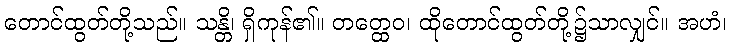
တောင်ထွတ်တို့သည်။ သန္တိ၊ ရှိကုန်၏။ တတ္ထေဝ၊ ထိုတောင်ထွတ်တို့၌သာလျှင်။ အဟံ၊